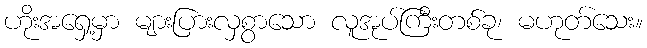
ဟိုးအရှေ့မှာ များပြားလှစွာသော လူအုပ်ကြီးတစ်ခု၊ မဟုတ်သေး။